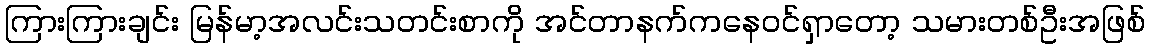
ကြားကြားချင်း မြန်မာ့အလင်းသတင်းစာကို အင်တာနက်ကနေဝင်ရှာတော့ သမားတစ်ဦးအဖြစ်